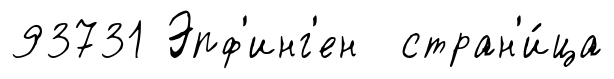
93731 Эпф'инг'ен стран'и́ца